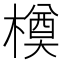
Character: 橂